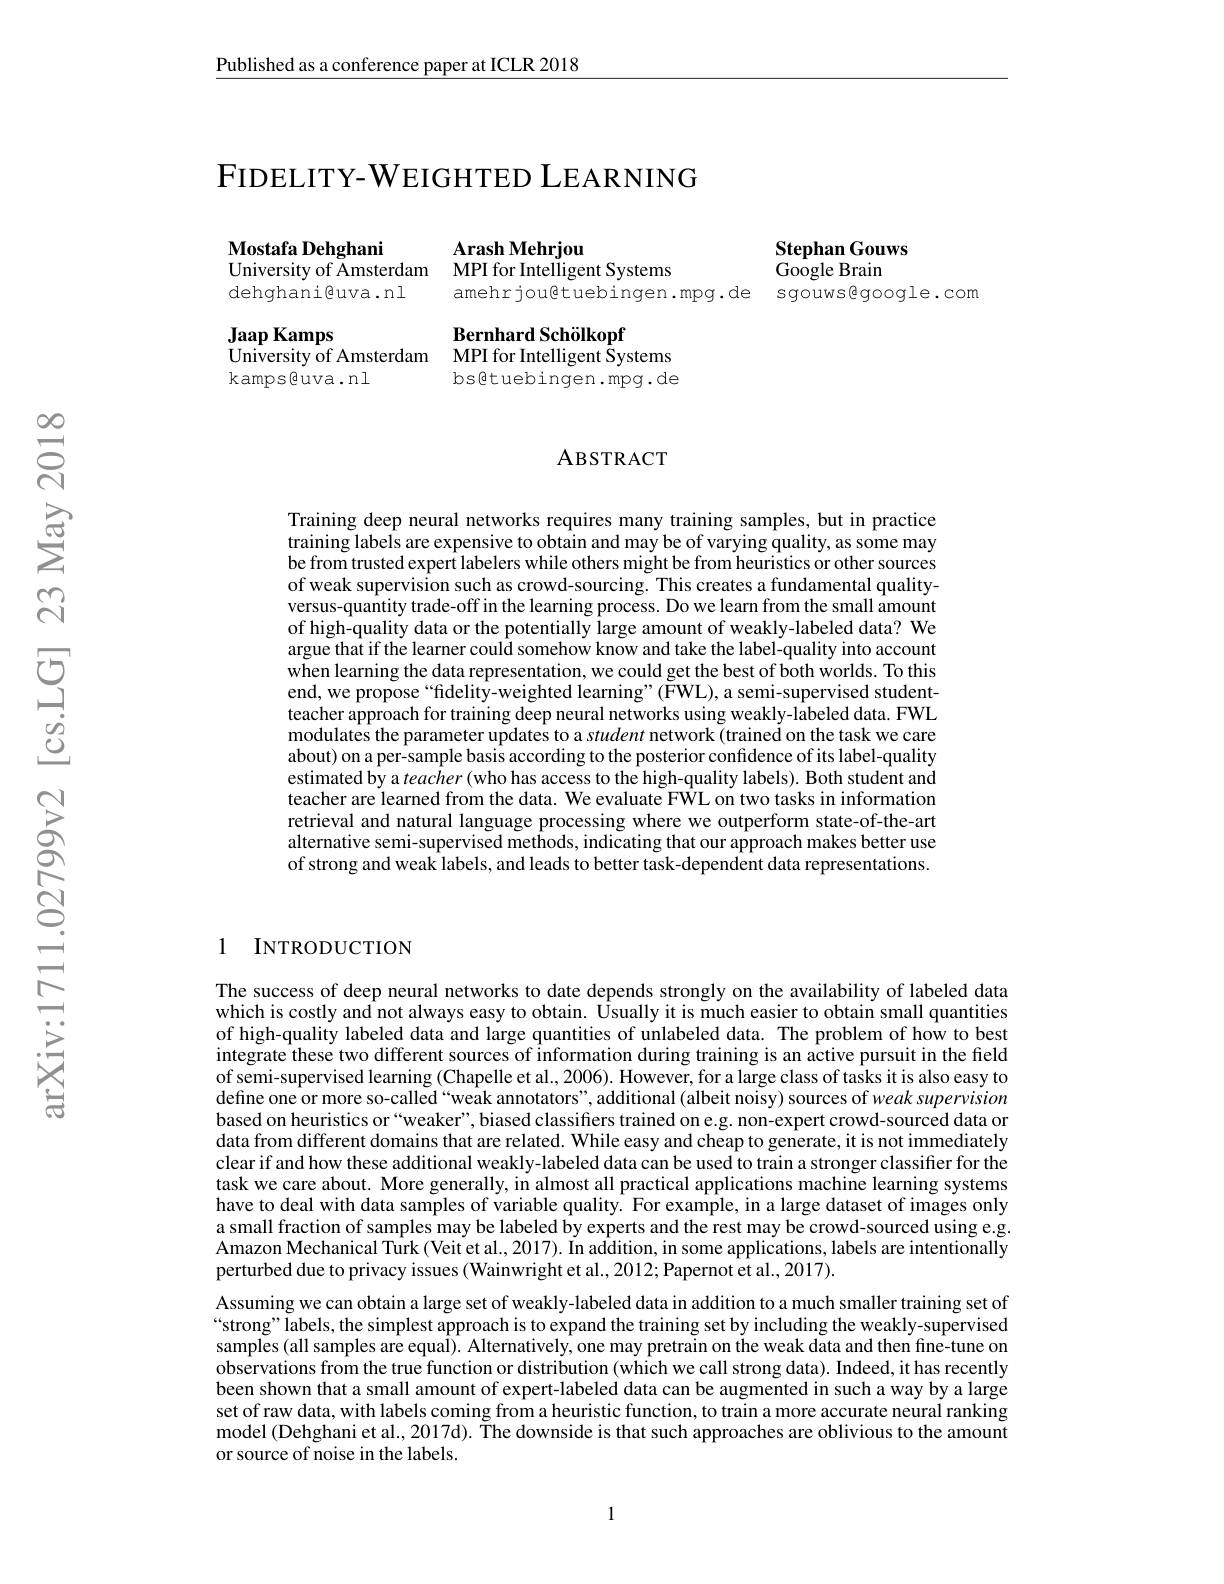
$\underline{\text{Published as a conference paper at ICLR 2018}}$

$\mathrm{FIDELITY-W}_{\mathrm{EIGHTED~LEARNING}}$

Arash Mehrjou
Mostafa Dehghani
Stephan Gouws
University of Amsterdam MPI for Intelligent Systems
Google Brain
dehghani@uva.nl
amehrjouêtuebingen.mpg.de sgouwsêgoogle.com

Jaap Kamps
University of Amsterdam MPI for Intelligent Systems
kamps@ uva. nl

Bernhard Schölkopf
bsêtuebingen.mpg.de

$હ્રિં$

### ABSTRACT

Training deep neural networks requires many training samples, but in practice training labels are expensive to obtain and may be of varying quality, as some may be from trusted expert labelers while others might be from heuristics or other sources of weak supervision such as crowd-sourcing. This creates a fundamental qualityversus-quantity trade-off in the learning process. Do we learn from the small amount of high-quality data or the potentially large amount of weakly-labeled data? We argue that if the learner could somehow know and take the label-quality into account when learning the data representation, we could get the best of both worlds. To this end, we propose“fidelity-weighted learning”(FWL),a semi-supervised studentteacher approach for training deep neural networks using weakly-labeled data. FWL modulates the parameter updates to a student network (trained on the task we care about) on a per-sample basis according to the posterior confidence of its label-quality estimated by a teacher (who has access to the high-quality labels). Both student and teacher are learned from the data. We evaluate FWL on two tasks in information retrieval and natural language processing where we outperform state-of-the-art alternative semi-supervised methods, indicating that our approach makes better use of strong and weak labels, and leads to better task-dependent data representations.

### 1 INTRODUCTION

The success of deep neural networks to date depends strongly on the availability of labeled data which is costly and not always easy to obtain. Ûsually it is much easier to obtain small quantities of high-quality labeled data and large quantities of unlabeled data. The problem of how to best integrate these two different sources of information during training is an active pursuit in the field of semi-supervised learning (Chapelle et al., 2006). However, for a large class of tasks it is also easy to $\hat{\text{define one or more so-called“weak annotators", additional(albeit noisy) sources of weak supervision}}$ based on heuristics or“weaker”, biased classifiers trained on e.g. non-expert crowd-sourced data or data from different domains that are related. While easy and cheap to generate, it is not immediately clear if and how these additional weakly-labeled data can be used to train a stronger classifier for the task we care about. More generally, in almost all practical applications machine learning systems have to deal with data samples of variable quality. For example, in a large dataset of images only a small fraction of samples may be labeled by experts and the rest may be crowd-sourced using e.g. Amazon Mechanical Turk(Veit et al, 2017). In addition, in some applications, labels are intentionally perturbed due to privacy issues (Wainwright et al., 2012; Papernot et al., 2017).
Assuming we can obtain a large set of weakly-labeled data in addition to a much smaller training set of “strong”labels, the simplest approach is to expand the training set by including the weakly-supervised samples (all samples are equal). Alternatively, one may pretrain on the weak data and then fine-tune on observations from the true function or distribution (which we call strong data). Indeed, it has recently been shown that a small amount of expert-labeled data can be augmented in such a way by a large set of raw data, with labels coming from a heuristic function, to train a more accurate neural ranking model (Dehghani et al., 2017d). The downside is that such approaches are oblivious to the amount or source of noise in the labels.

1